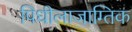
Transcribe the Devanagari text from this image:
पिधीलाजाग्तिक